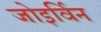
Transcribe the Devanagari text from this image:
जोइर्विन